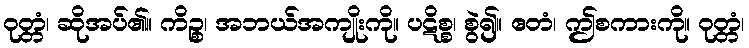
ဝုတ္တံ၊ ဆိုအပ်၏။ ကိဉ္စ၊ အဘယ်အကျိုးကို။ ပဋိစ္စ၊ စွဲ၍။ ဧတံ၊ ဤစကားကို။ ဝုတ္တံ၊